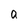
Character: a